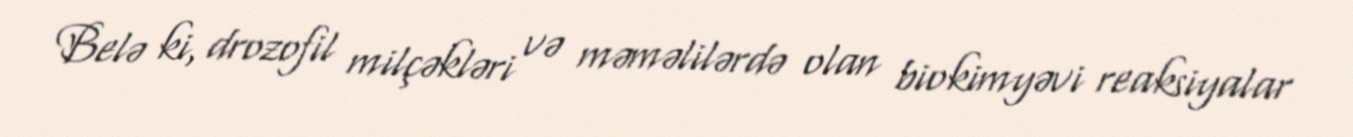
Belə ki, drozofil milçəkləri və məməlilərdə olan biokimyəvi reaksiyalar